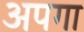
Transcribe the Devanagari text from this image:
अपगा